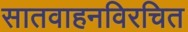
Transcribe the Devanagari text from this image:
सातवाहनविरचित